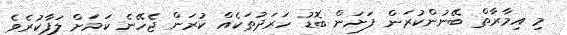
މި އިމާރާތް ބޭނުންކުރަން ފަށަން ބޮޑު ހަރަދުތަކެއް ކުރަން ޖެހޭނެ ކަމަށް ލަފާކުރެވެ